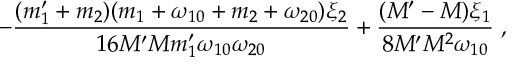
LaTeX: - \frac { ( m _ { 1 } ^ { \prime } + m _ { 2 } ) ( m _ { 1 } + \omega _ { 1 0 } + m _ { 2 } + \omega _ { 2 0 } ) \xi _ { 2 } } { 1 6 M ^ { \prime } M m _ { 1 } ^ { \prime } \omega _ { 1 0 } \omega _ { 2 0 } } + \frac { ( M ^ { \prime } - M ) \xi _ { 1 } } { 8 M ^ { \prime } M ^ { 2 } \omega _ { 1 0 } } \; ,